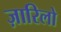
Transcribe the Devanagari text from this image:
ज़ारिलो